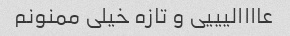
عاااالیییی و تازه خیلی ممنونم